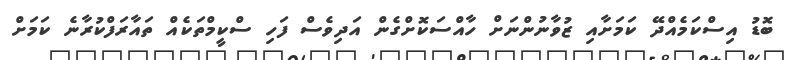
ބޮޑު އިސްކަމެއްދޭ ކަމަށާއި ޒުވާނުންނަށް ހާއްސަކޮށްގެން އަދިވެސް ފަހި ސްކީމްތަކެއް ތައާރަފްކުރާނެ ކަމަށް